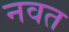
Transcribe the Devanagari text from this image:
नवत